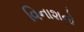
વિનાશનો